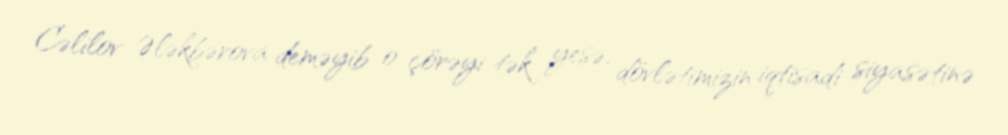
Cəlilov Ələkbərova deməyib o çörəyi tək yesə, dövlətimizin iqtisadi siyasətinə